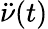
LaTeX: {\ddot{\nu}}(t)